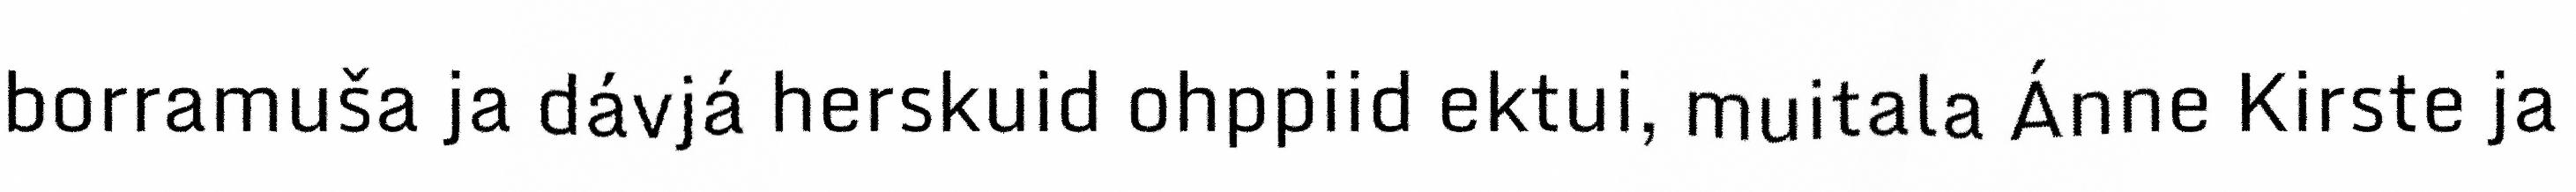
borramuša ja dávjá herskuid ohppiid ektui, muitala Ánne Kirste ja